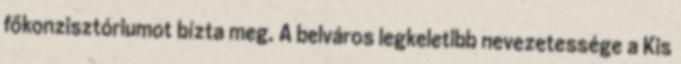
főkonzisztóriumot bízta meg. A belváros legkeletibb nevezetessége a Kis